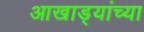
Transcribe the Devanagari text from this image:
आखाड्यांच्या